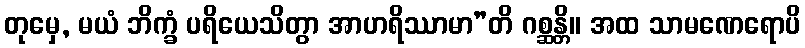
တုမှေ, မယံ ဘိက္ခံ ပရိယေသိတွာ အာဟရိဿာမာ”တိ ဂစ္ဆန္တိ။ အထ သာမဏေရောပိ